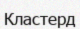
Кластерд